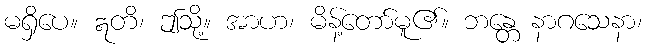
မရှိပေ။ ဣတိ၊ ဤသို့။ အာဟ၊ မိန့်တော်မူ၏။ ဘန္တေ နာဂသေနာ၊